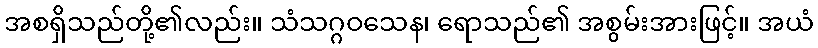
အစရှိသည်တို့၏လည်း။ သံသဂ္ဂဝသေန၊ ရောသည်၏ အစွမ်းအားဖြင့်။ အယံ